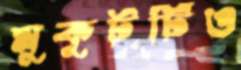
মুকুটটিও